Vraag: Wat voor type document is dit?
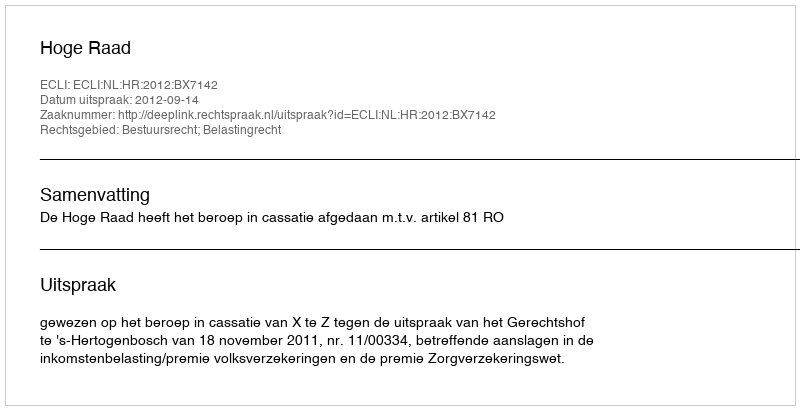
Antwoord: Uitspraak